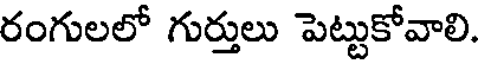
రంగులలో గుర్తులు పెట్టుకోవాలి.